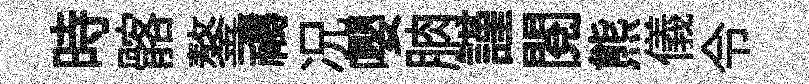
時髂鏊禱况嚶朒謹閲熊儀令